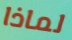
لماذا